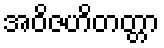
အဝိဇဟိတတ္တာ